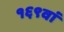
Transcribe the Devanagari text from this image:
१६९वां